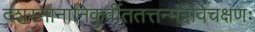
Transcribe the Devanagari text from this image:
दशस्नानानिकुर्वीततत्तन्मंत्रैर्विचक्षणः